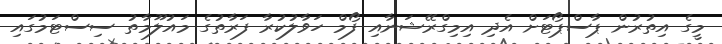
މީގެ އިތުރުން ޕާސްޕޯޓަށް އެދި އިމިގްރޭޝަނާއި ފޯމް ހަވާލުކުރާ ފަރާތުގެ މައުލޫމާތު ސިސްޓަމުގައި